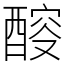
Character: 䤇